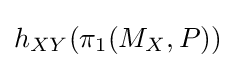
h_{XY}(\pi _{1}(M_{X},P))\